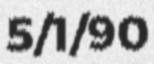
5/1/90